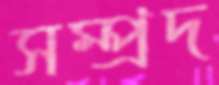
সম্প্রদ